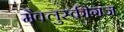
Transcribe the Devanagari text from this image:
मैक्लुस्कीगंज